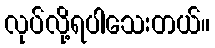
လုပ်လို့ရပါသေးတယ်။